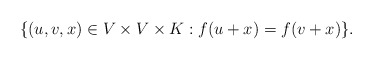
\begin{align*}\{(u,v,x)\in V\times V\times K: f(u + x) = f(v + x)\}.\end{align*}